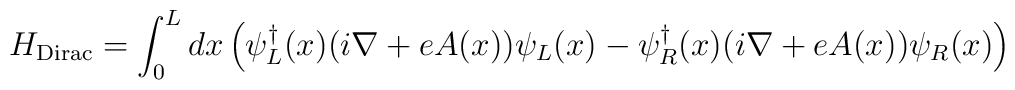
H_{\rm Dirac}=\int_0^L dx\left(\psi^{\dagger}_L(x)(i\nabla+eA(x))\psi_L(x)-\psi_R^{\dagger}(x)(i\nabla+eA(x))\psi_R(x)\right)